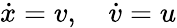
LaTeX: {\dot{x}}=v,\quad{\dot{v}}=u